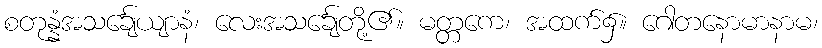
စတုန္နံအသင်္ချေယျာနံ၊ လေးအသင်္ချေတို့၏။ မတ္တကေ၊ အထက်၌။ ဂေါတနောမာနာမ၊